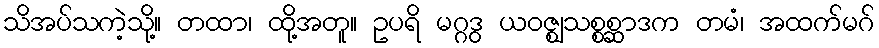
သိအပ်သကဲ့သို့။ တထာ၊ ထို့အတူ။ ဥပရိ မဂ္ဂဒွ ယဝဇ္ဈသစ္စစ္ဆာဒက တမံ၊ အထက်မဂ်